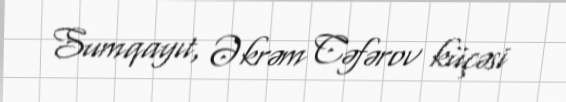
Sumqayıt, Əkrəm Cəfərov küçəsi